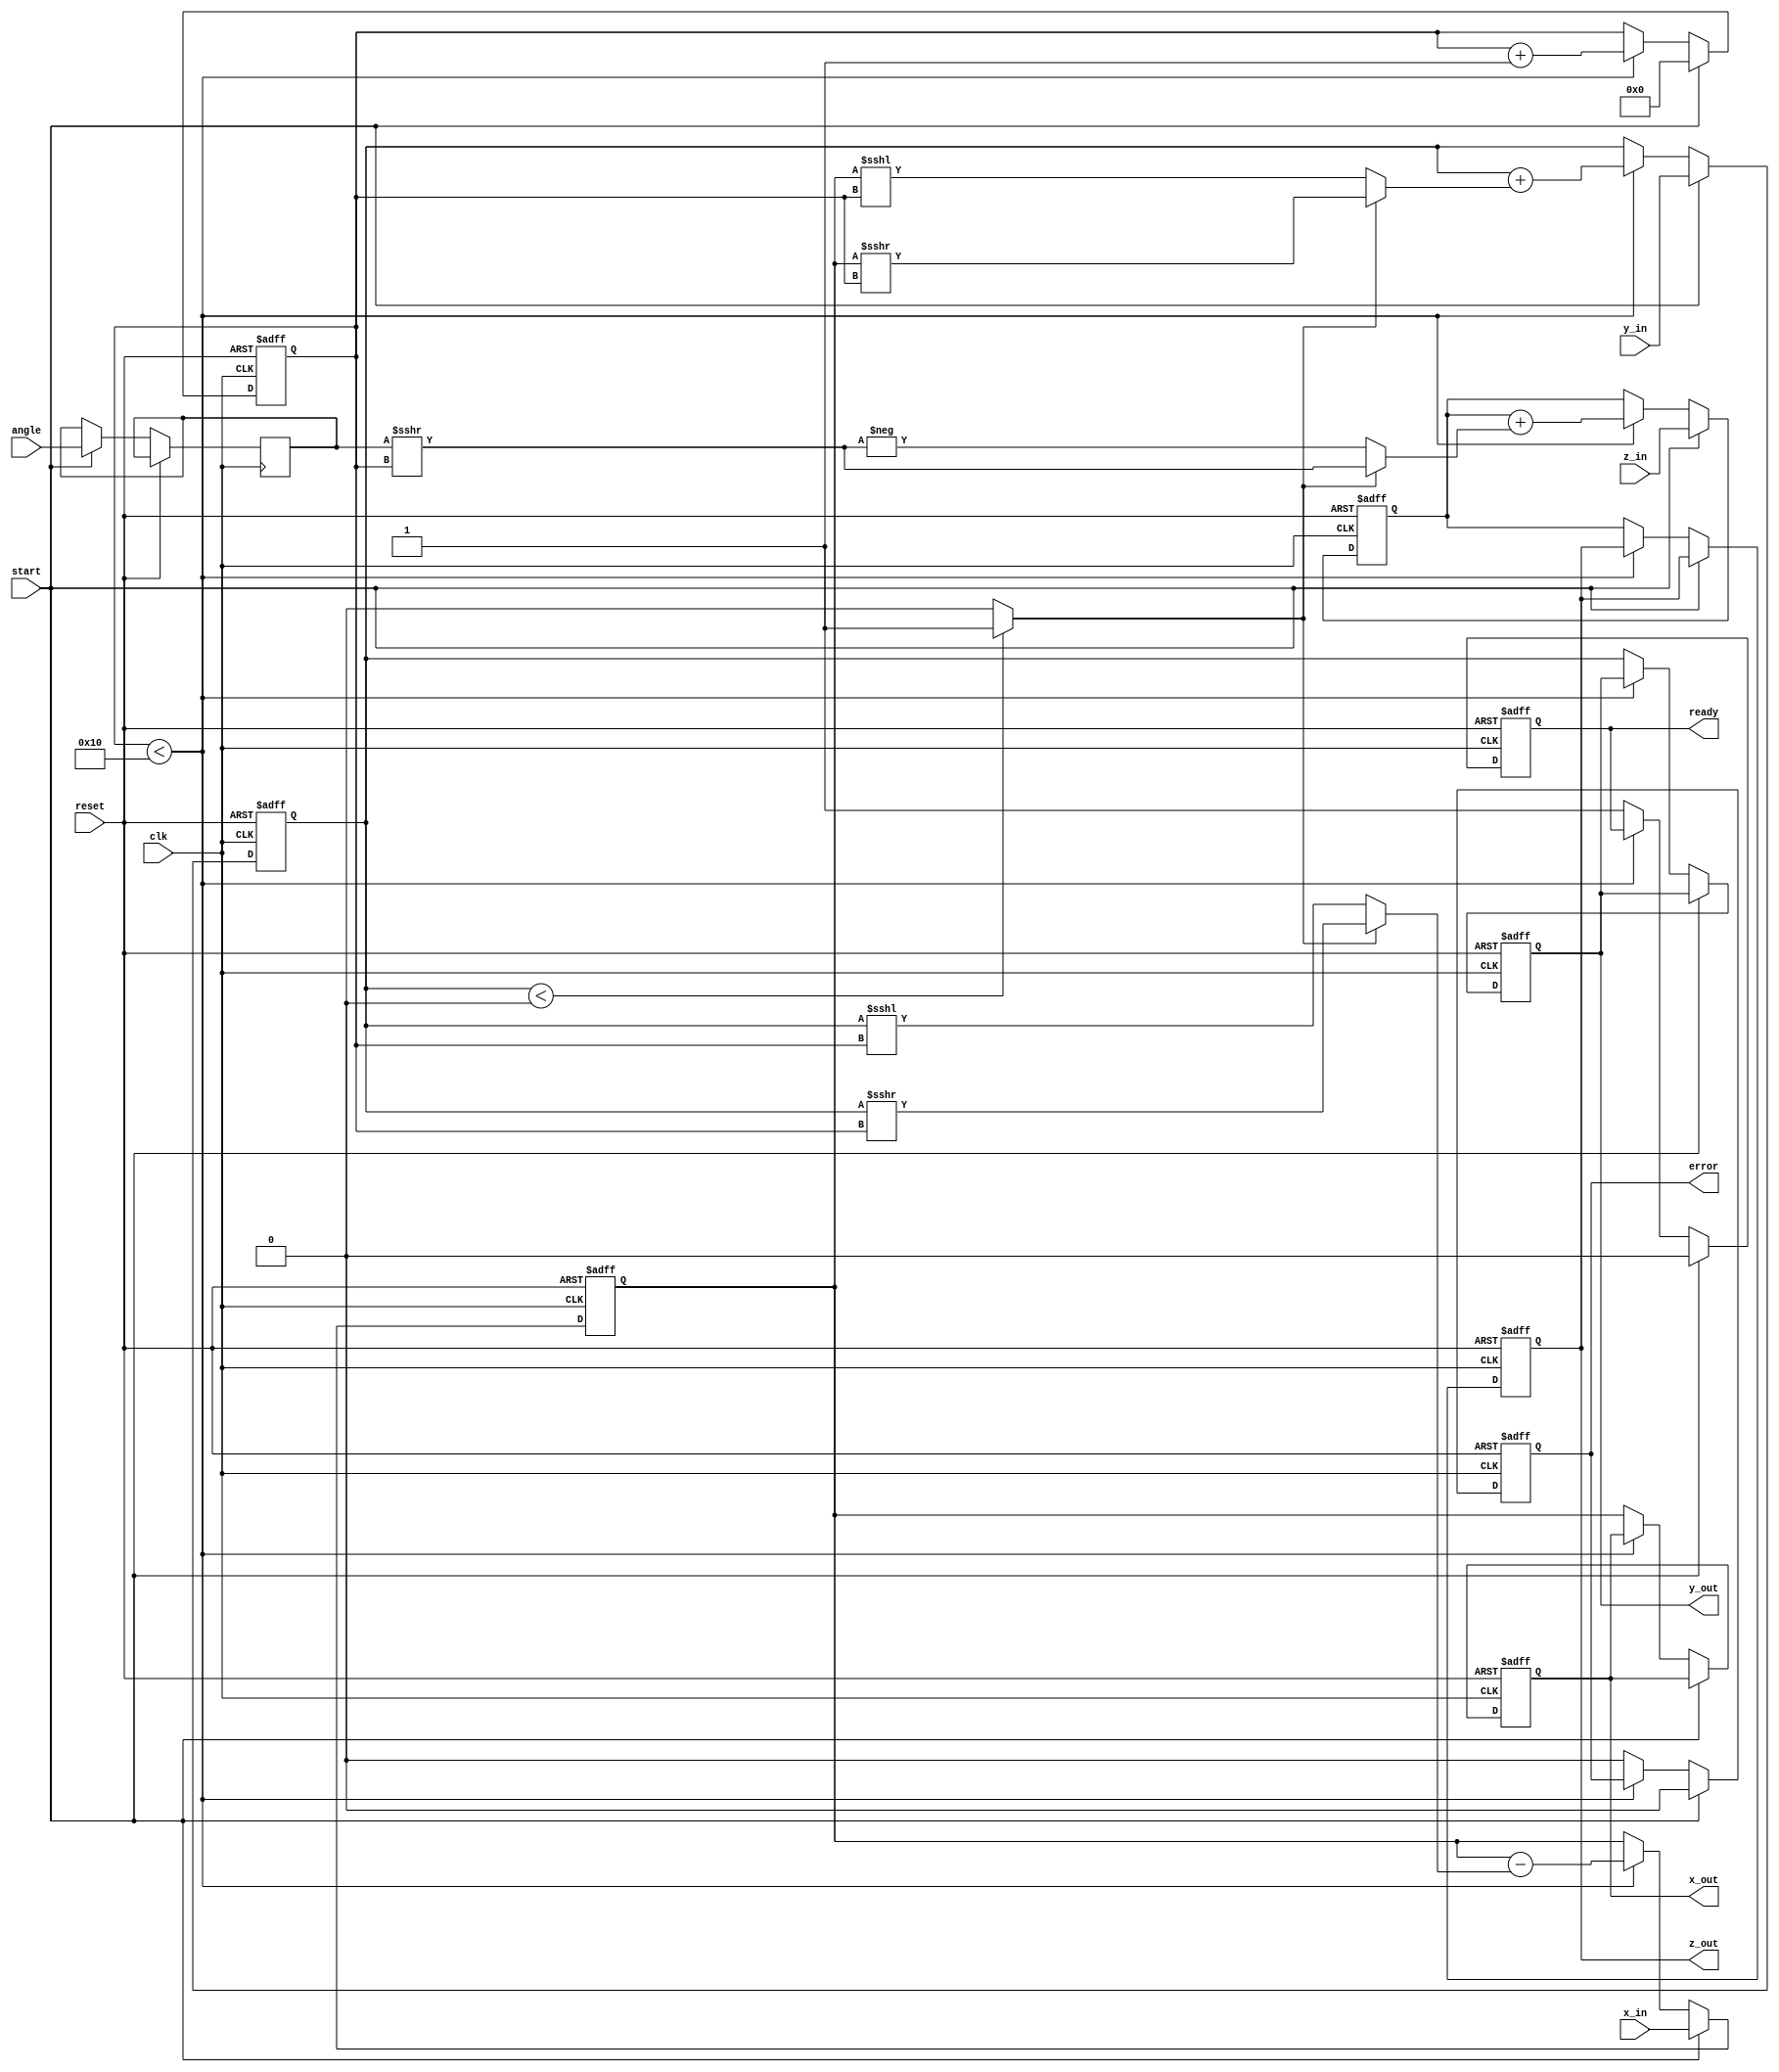
module cordic_multidimensional #(
    parameter DIMENSION = 3, // 2D or 3D
    parameter DATA_WIDTH = 16,
    parameter ITERATIONS = 16
)(
    input wire clk,
    input wire reset,
    input wire start,
    input wire [DATA_WIDTH-1:0] x_in,
    input wire [DATA_WIDTH-1:0] y_in,
    input wire [DATA_WIDTH-1:0] z_in, // For 3D, otherwise unused
    input wire [DATA_WIDTH-1:0] angle, // Rotation angle
    output reg [DATA_WIDTH-1:0] x_out,
    output reg [DATA_WIDTH-1:0] y_out,
    output reg [DATA_WIDTH-1:0] z_out, // For 3D, otherwise unused
    output reg ready,
    output reg error
);

    // Lookup table for arctangent values
    reg [DATA_WIDTH-1:0] atan_lut [0:ITERATIONS-1];
    reg [DATA_WIDTH-1:0] x_reg, y_reg, z_reg;
    reg [DATA_WIDTH-1:0] angle_reg;
    reg [4:0] iteration_count;
    reg [DATA_WIDTH-1:0] x_temp, y_temp, z_temp;
    reg direction;

    initial begin
        // Initialize lookup table with arctan values for CORDIC
        // Example values, must be calculated based on the desired precision
        atan_lut[0] = 16'h2000; // atan(1.0) = 45 degrees
        atan_lut[1] = 16'h1000; // atan(1/2) = 26.565 degrees
        // Fill in the table for required iterations...
    end

    always @(posedge clk or posedge reset) begin
        if (reset) begin
            x_out <= 0;
            y_out <= 0;
            z_out <= 0;
            ready <= 0;
            error <= 0;
            iteration_count <= 0;
            x_reg <= 0;
            y_reg <= 0;
            z_reg <= 0;
        end else if (start) begin
            // Initialization
            x_reg <= x_in;
            y_reg <= y_in;
            z_reg <= z_in;
            angle_reg <= angle;
            iteration_count <= 0;
            ready <= 0;
            error <= 0;
        end else if (iteration_count < ITERATIONS) begin
            // CORDIC rotation algorithm
            direction = (y_reg < 0) ? 1 : 0; // Determine direction of rotation

            // Rotation computation
            if (DIMENSION == 2) begin
                // 2D CORDIC rotation
                x_temp = x_reg - (direction ? (y_reg >>> iteration_count) : (y_reg <<< iteration_count));
                y_temp = y_reg + (direction ? (x_reg >>> iteration_count) : (x_reg <<< iteration_count));
                x_reg <= x_temp;
                y_reg <= y_temp;
            end else if (DIMENSION == 3) begin
                // 3D CORDIC rotation (simplified)
                x_temp = x_reg - (direction ? (y_reg >>> iteration_count) : (y_reg <<< iteration_count));
                y_temp = y_reg + (direction ? (x_reg >>> iteration_count) : (x_reg <<< iteration_count));
                z_temp = z_reg + (direction ? (angle_reg >>> iteration_count) : (-(angle_reg >>> iteration_count)));
                x_reg <= x_temp;
                y_reg <= y_temp;
                z_reg <= z_temp;
            end
            
            iteration_count <= iteration_count + 1;
        end else begin
            // Output results after processing is complete
            x_out <= x_reg;
            y_out <= y_reg;
            z_out <= (DIMENSION == 3) ? z_reg : 0;
            ready <= 1;
            error <= 0; // Indicate success
        end
    end
endmodule